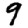
Digit: 9